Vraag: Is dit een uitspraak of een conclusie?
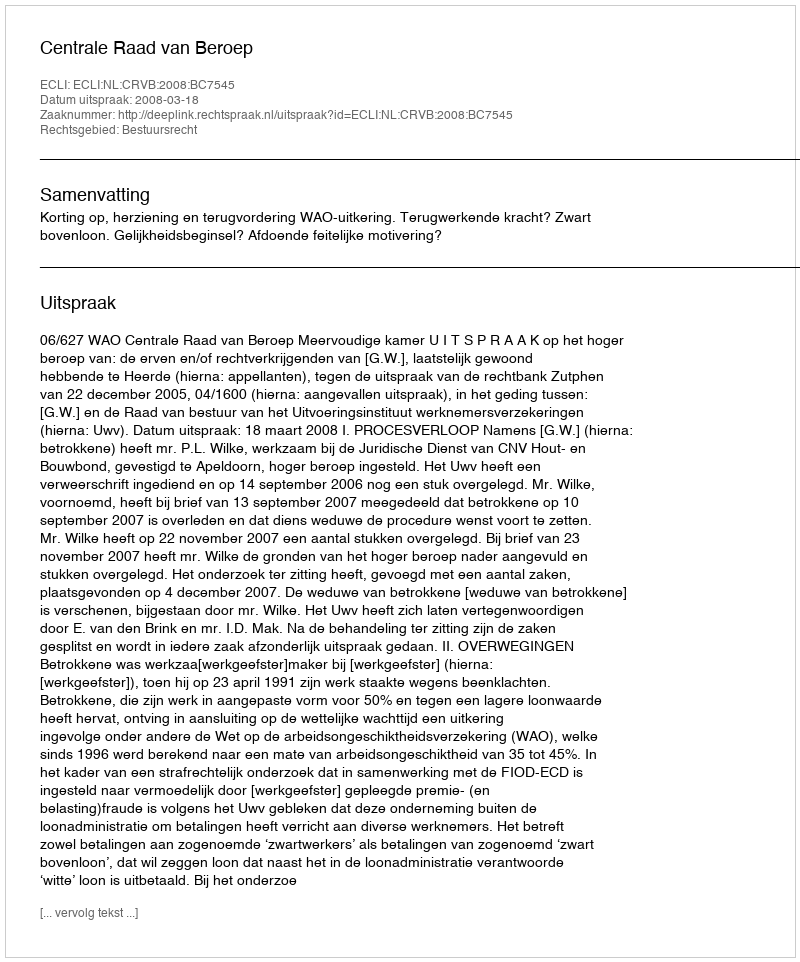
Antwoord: Uitspraak